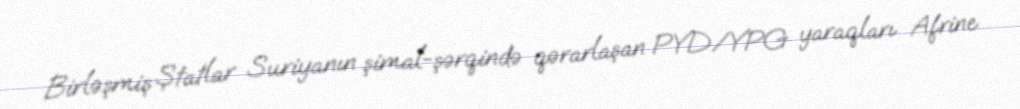
Birləşmiş Ştatlar Suriyanın şimal-şərqində qərarlaşan PYD/YPG yaraqları Afrine